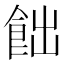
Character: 飿